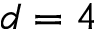
d = 4